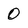
Character: 0